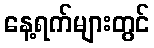
နေ့ရက်များတွင်